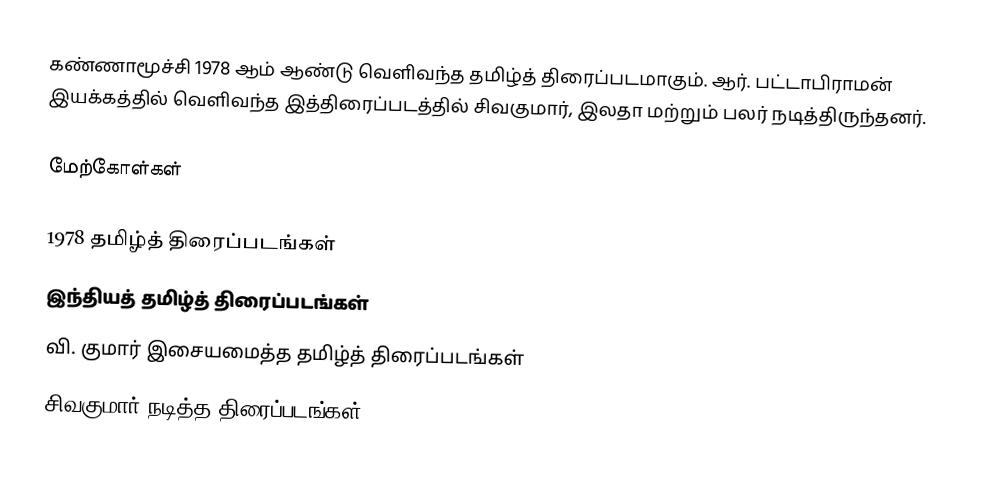
கண்ணாமூச்சி 1978 ஆம் ஆண்டு வெளிவந்த தமிழ்த் திரைப்படமாகும். ஆர். பட்டாபிராமன் இயக்கத்தில் வெளிவந்த இத்திரைப்படத்தில் சிவகுமார், இலதா மற்றும் பலர் நடித்திருந்தனர்.

மேற்கோள்கள்

1978 தமிழ்த் திரைப்படங்கள்
இந்தியத் தமிழ்த் திரைப்படங்கள்
வி. குமார் இசையமைத்த தமிழ்த் திரைப்படங்கள்
சிவகுமார் நடித்த திரைப்படங்கள்